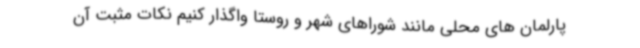
پارلمان های محلی مانند شوراهای شهر و روستا واگذار کنیم نکات مثبت آن